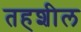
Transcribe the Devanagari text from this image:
तहशील